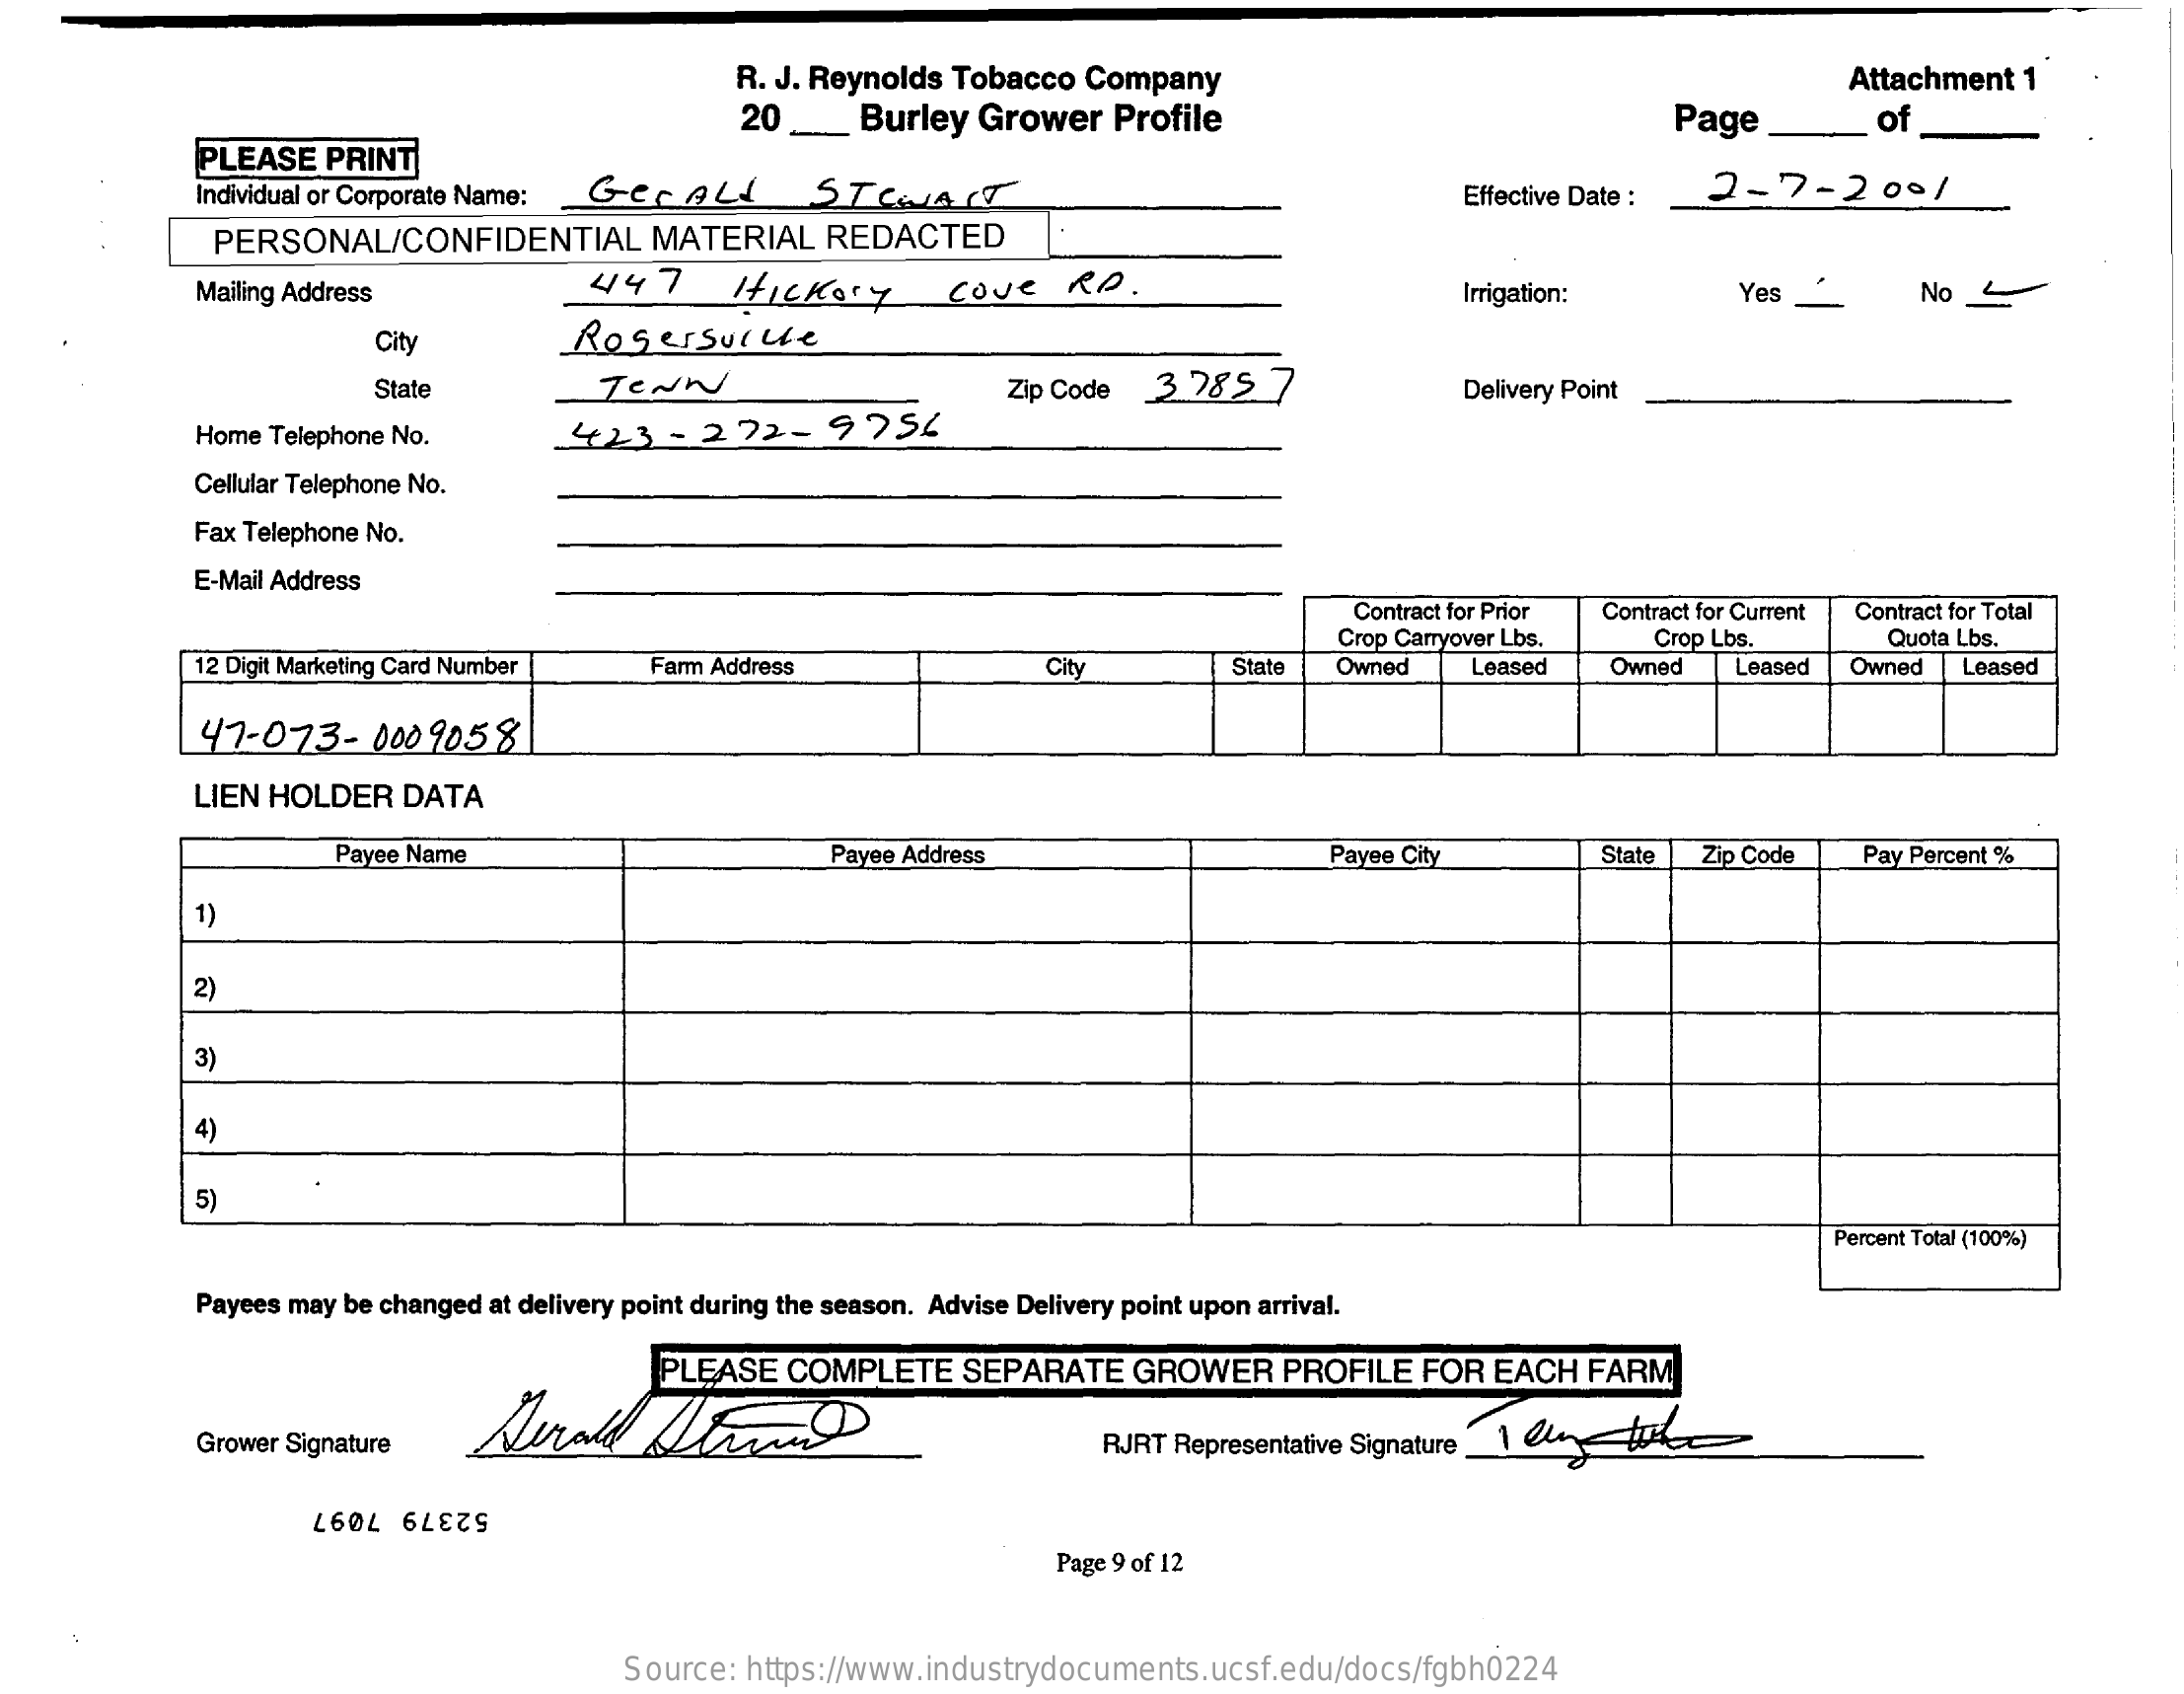
R. J. Reynolds Tobacco  Company    Attachment  1
     20    Burley  Grower   Profile    Page    of
     PLEASE   PRINT
     Individual or Corporate Name: GEFALL    STEWART    Effective Date : 2-7-    2001
     PERSONAL/CONFIDENTIAL    MATERIAL    REDACTED
     Mailing Address    447    Hickory    Cove    RD.    Irrigation:    Yes    No
     City    Rogersulle
     State    TENN    Zip Code   3 28 5    Delivery Point
     Home Telephone No.    423-    272-    9756
     Cellular Telephone No.
     Fax Telephone No.
     E-Mail Address
     Contract for Prior Contract for Current
     12 Digit Marketing Card Number
     Crop Carryover Lbs.   Crop Lbs.
     Contract for Total
     Quota Lbs.
     Farm Address    City    State  Owned    Leased   Owned    Leased  Owned   Leased
     47-073-    000 9058
     LIEN HOLDER   DATA
     Payee Name    Payee Address    Payee City    State Zip Code    Pay Percent %
     1)
     2)
     3)
     4)
     5)
     Percent Total (100%)
     Payees may be changed at delivery point during the season. Advise Delivery point upon arrival.
     PLEASE   COMPLETE    SEPARATE    GROWER    PROFILE   FOR  EACH  FARM
     Grower Signature    RJRT Representative Signature _ 1 4
     52379 7097
     Page 9 of 12
     Source:  https://www.industrydocuments.ucsf.edu/docs/fgbh0224